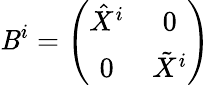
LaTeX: \mathit{B}^{i}=\left(\begin{array}{cc}{{\hat{X}^{i}}}&{{0}}\\ {{0}}&{{\tilde{X}^{i}}}\end{array}\right)